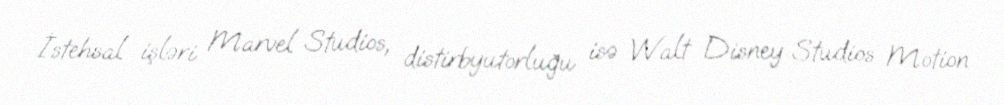
İstehsal işləri Marvel Studios, distirbyutorluğu isə Walt Disney Studios Motion